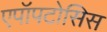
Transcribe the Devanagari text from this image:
एपॉपटोसिस